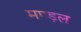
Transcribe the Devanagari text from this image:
मण्ड़ल